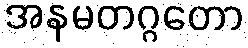
အနမတဂ္ဂတော